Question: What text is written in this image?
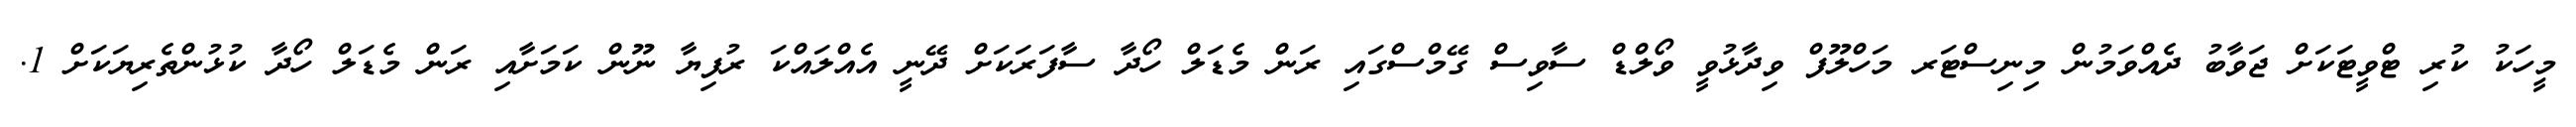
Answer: މީހަކު ކުރި ޓްވީޓަކަށް ޖަވާބު ދެއްވަމުން މިނިސްޓަރ މަހްލޫފް ވިދާޅުވީ ވޯލްޑް ސާވިސް ގޭމްސްގައި ރަން މެޑަލް ހޯދާ ސާފަރަކަށް ދޭނީ އެއްލައްކަ ރުފިޔާ ނޫން ކަމަށާއި ރަން މެޑަލް ހޯދާ ކުޅުންތެރިޔަކަށް 1.